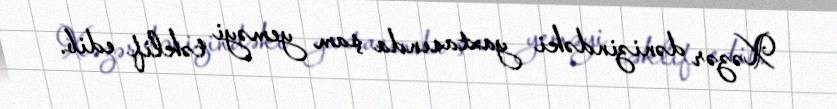
Xəzər dənizindəki yaxtasında şam yeməyi təklif edib.